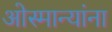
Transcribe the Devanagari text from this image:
ओस्मान्यांना